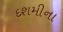
દશમીના